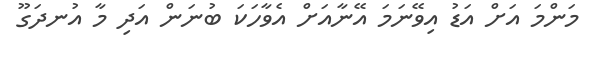
މަންމަ އަށް އަޑު އިވޭނަމަ އޭނާއަށް އެވާހަކަ ބުނަން އަދި މާ އުނދަގޫ